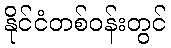
နိုင်ငံတစ်ဝန်းတွင်